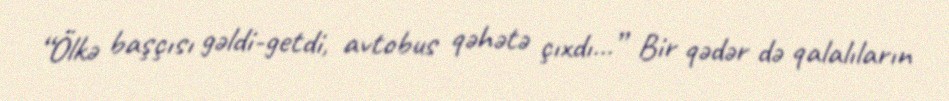
“Ölkə başçısı gəldi-getdi, avtobus qəhətə çıxdı...” Bir qədər də qalalıların